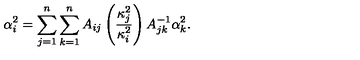
\alpha _ { i } ^ { 2 } = \sum _ { j = 1 } ^ { n } \sum _ { k = 1 } ^ { n } A _ { i j } \left( \frac { \kappa _ { j } ^ { 2 } } { \kappa _ { i } ^ { 2 } } \right) A _ { j k } ^ { - 1 } \alpha _ { k } ^ { 2 } .